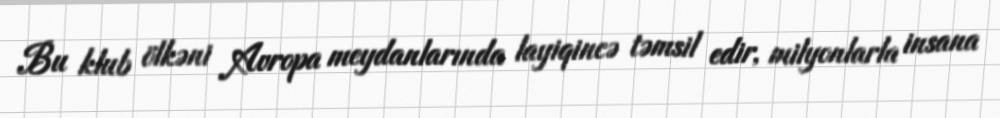
Bu klub ölkəni Avropa meydanlarında layiqincə təmsil edir, milyonlarla insana